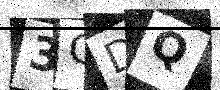
Text: 3QDQ